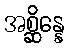
အစ္ဆိန္နေ